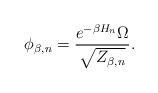
LaTeX: \begin{align*}\phi_{\beta,n}=\frac{e^{-\beta H_n} \Omega}{\sqrt{Z_{\beta, n}}}. \end{align*}